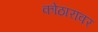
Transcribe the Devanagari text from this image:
कोठारावर